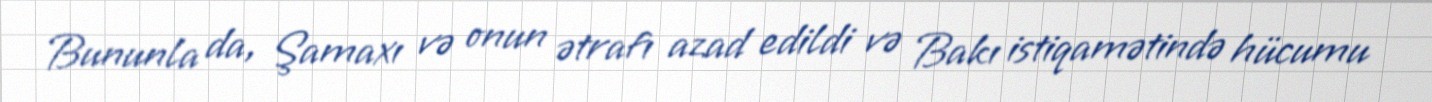
Bununla da, Şamaxı və onun ətrafı azad edildi və Bakı istiqamətində hücumu